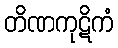
တိဏကုဋိကံ